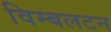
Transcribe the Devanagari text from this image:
विम्‍बलटन